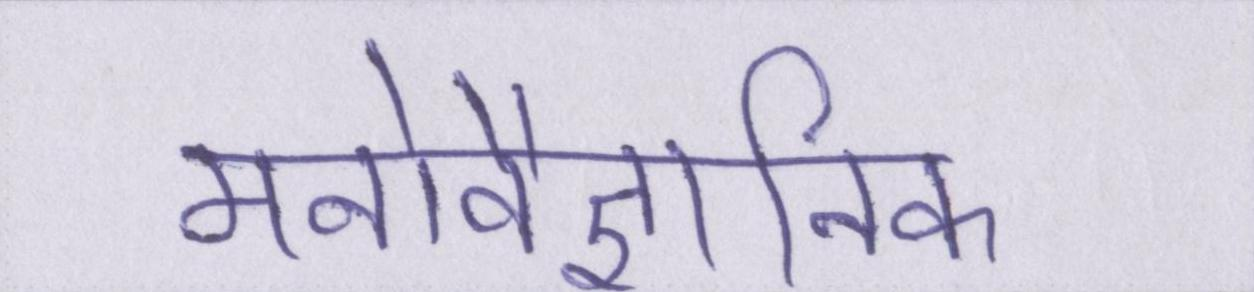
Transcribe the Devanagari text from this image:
मनोवैज्ञानिक